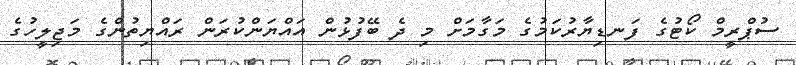
ސުޕްރީމް ކޯޓުގެ ފަނޑިޔާރުކަމުގެ މަގާމަށް މި ދެ ބޭފުޅުން އައްޔަންކުރަން ރައްޔިތުންގެ މަޖިލީހުގެ